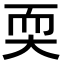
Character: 耎